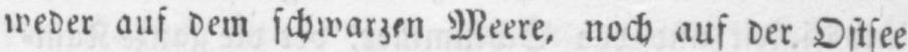
weder auf dem schwarzen Meere, noch auf der Ostsee